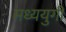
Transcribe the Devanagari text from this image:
मध्ययुगी